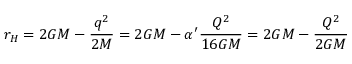
r _ { H } = 2 G M - \frac { q ^ { 2 } } { 2 M } = 2 G M - \alpha ^ { \prime } \frac { Q ^ { 2 } } { 1 6 G M } = 2 G M - \frac { Q ^ { 2 } } { 2 G M }